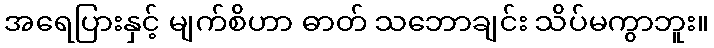
အရေပြားနှင့် မျက်စိဟာ ဓာတ် သဘောချင်း သိပ်မကွာဘူး။